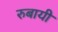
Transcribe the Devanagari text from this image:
रुबायी